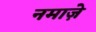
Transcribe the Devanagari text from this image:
नमाज़े